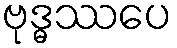
ဗုဒ္ဓဿပေ